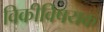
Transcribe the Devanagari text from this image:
विकीविषयक